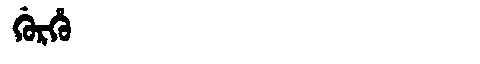
Manchu: ᡤᡠᡵᡥᡠ
Romanization: GURHU